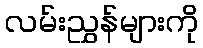
လမ်းညွှန်များကို